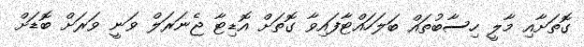
ގޮތަށާއި މާލީ ހިސާބުތައް ބަލަހައްޓާފައިވާ ގޮތަށް އޮޑިޓާ ޖެނަރަލް ވަނީ ވަރަށް ބޮޑަށް